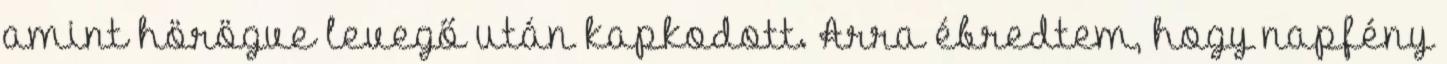
amint hörögve levegő után kapkodott. Arra ébredtem, hogy napfény